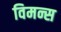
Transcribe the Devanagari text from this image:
विमन्स